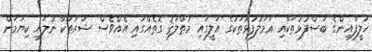
ޚަލީފާއިންގެ ބަސްފުޅުތަކާއި ޢަމަލުފުޅުތަކުގެ އަލީގައި މުޠްލަޤު ގޮތެއްގައި އެއްވެސް ޝަރުތަކާ ނުލައި ކިޔަމަން